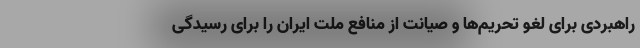
راهبردی برای لغو تحریم‌ها و صیانت از منافع ملت ایران را برای رسیدگی